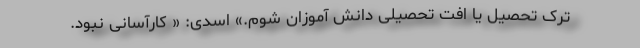
ترک تحصیل یا افت تحصیلی دانش آموزان شوم.» اسدی: « کارآسانی نبود.